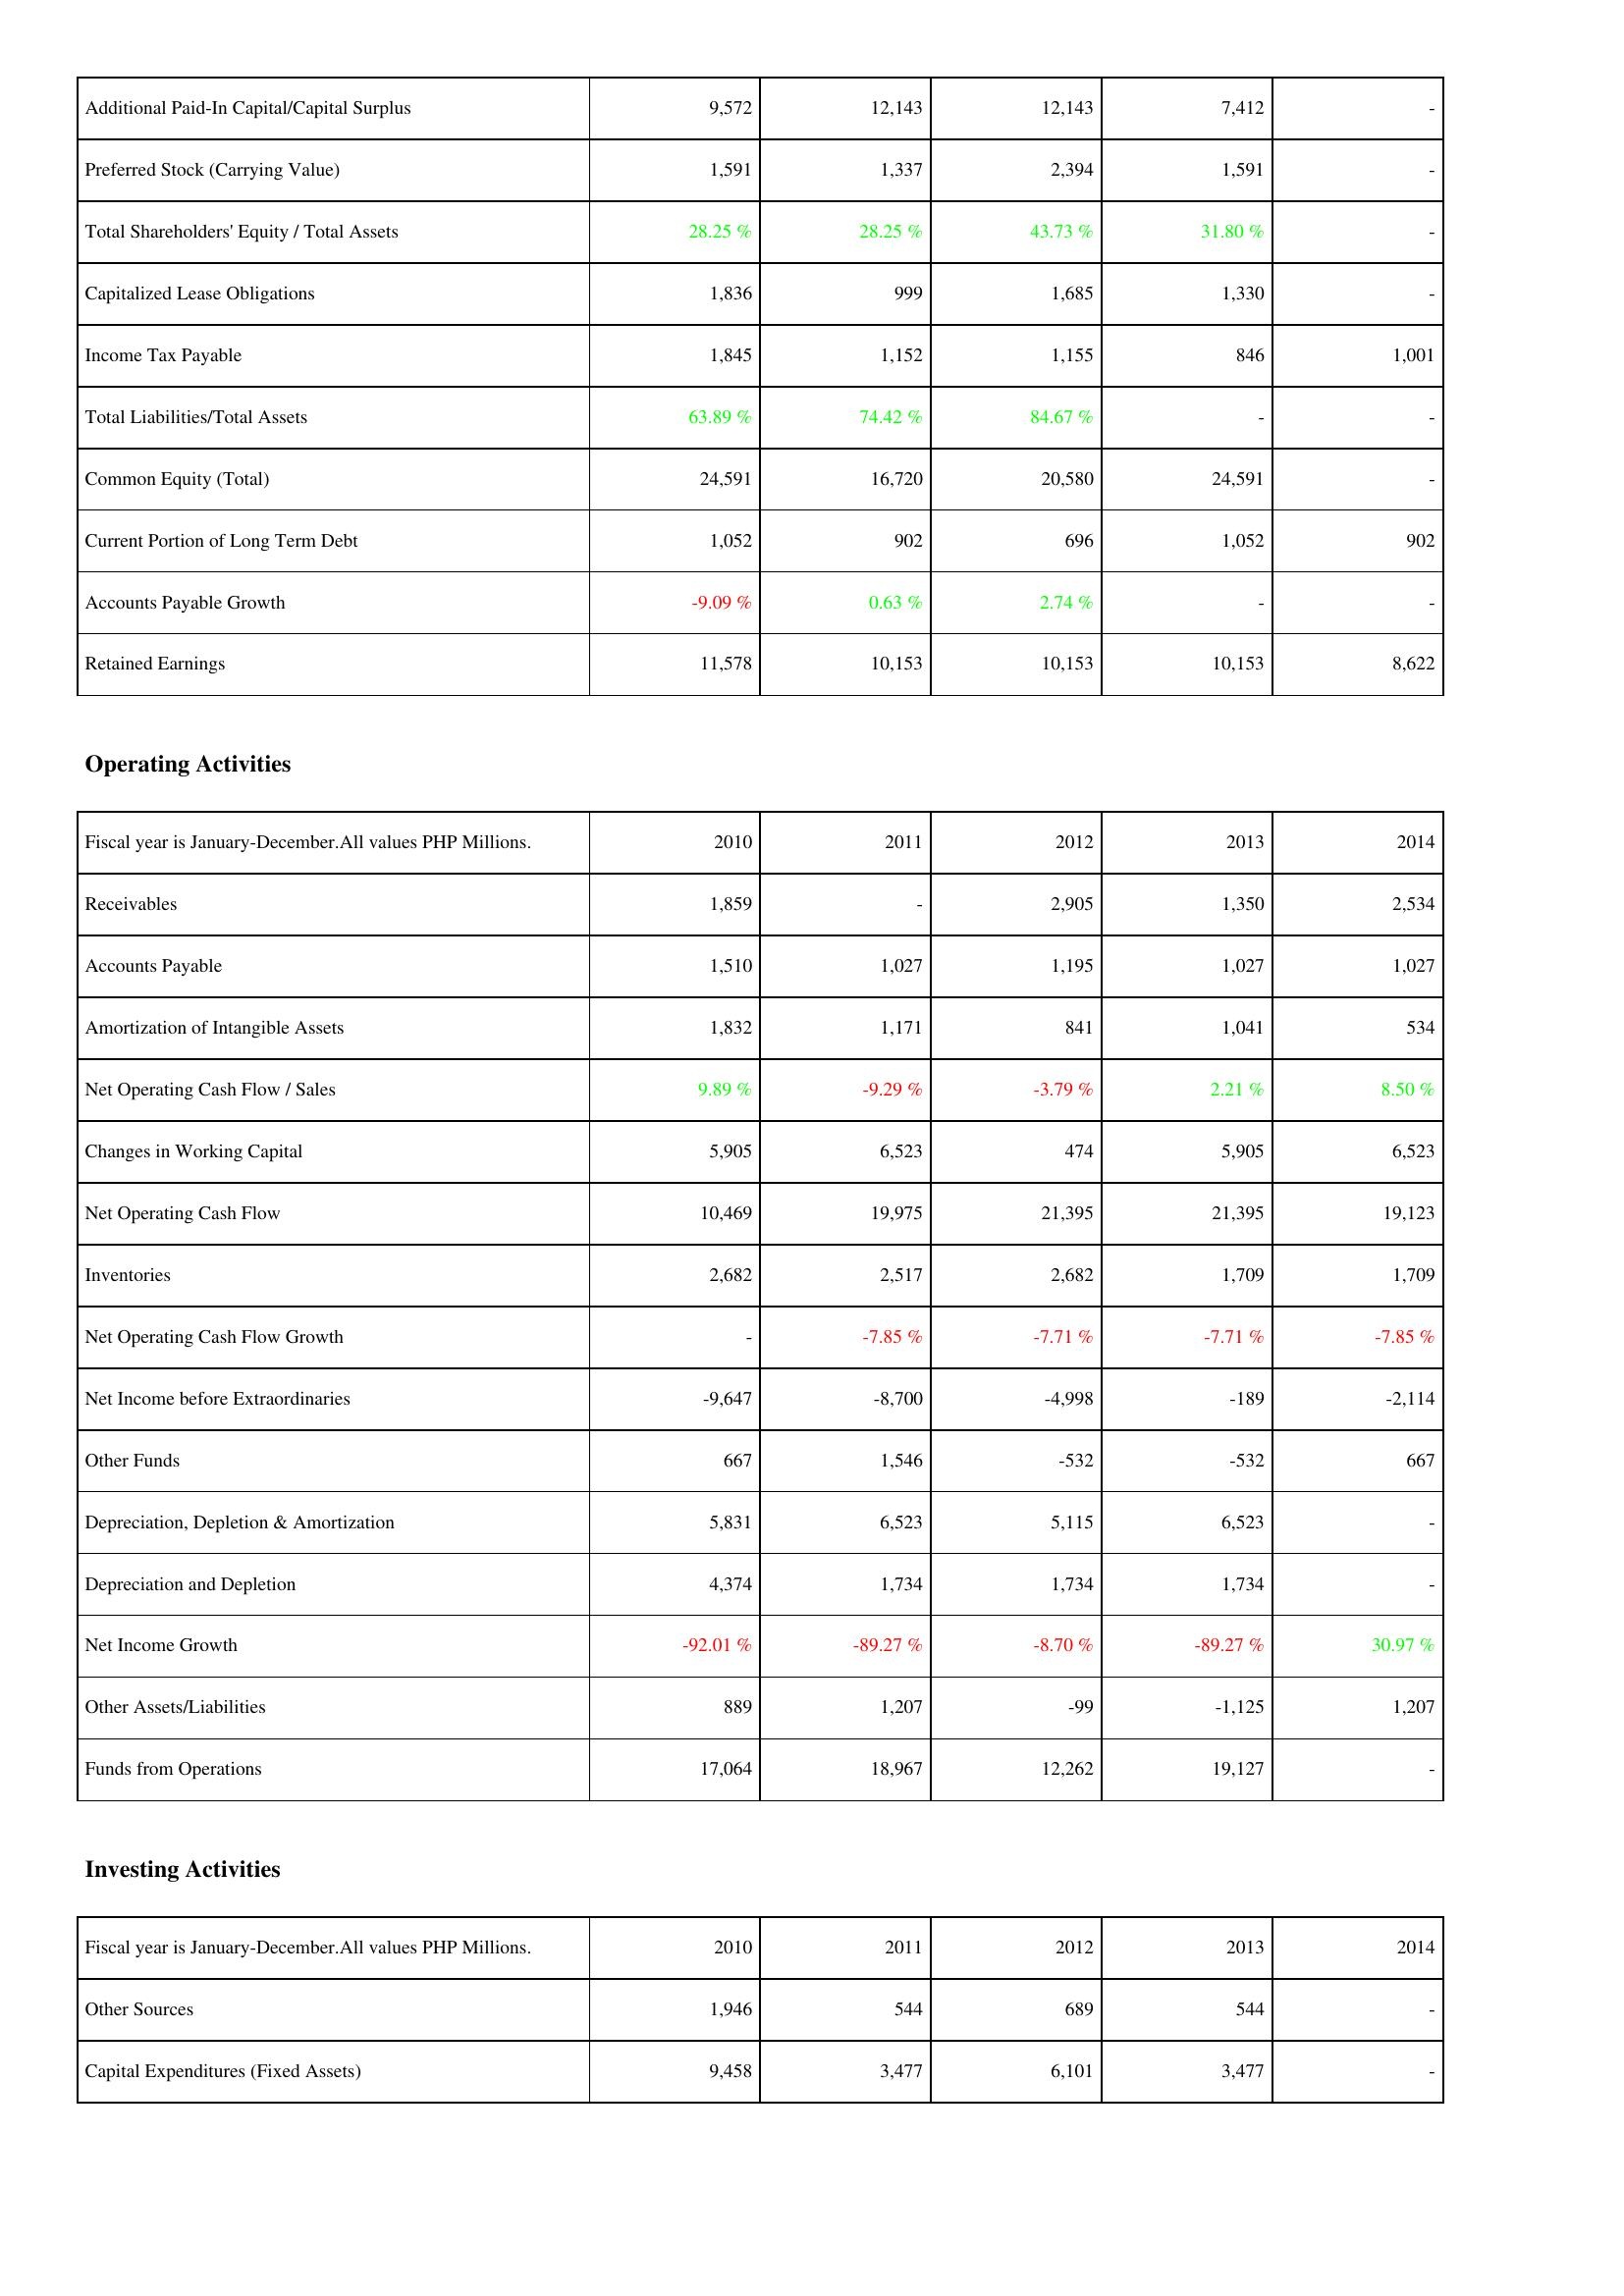
2010: Liabilities & Shareholders' Equity: Additional Paid-In Capital/Capital Surplus: 9,572
Preferred Stock (Carrying Value): 1,591
Total Shareholders' Equity / Total Assets: 28.25 %
Capitalized Lease Obligations: 1,836
Income Tax Payable: 1,845
Total Liabilities/Total Assets: 63.89 %
Common Equity (Total): 24,591
Current Portion of Long Term Debt: 1,052
Accounts Payable Growth: -9.09 %
Retained Earnings: 11,578
Operating Activities: Receivables: 1,859
Accounts Payable: 1,510
Amortization of Intangible Assets: 1,832
Net Operating Cash Flow / Sales: 9.89 %
Changes in Working Capital: 5,905
Net Operating Cash Flow: 10,469
Inventories: 2,682
Net Operating Cash Flow Growth: -
Net Income before Extraordinaries: -9,647
Other Funds: 667
Depreciation, Depletion & Amortization: 5,831
Depreciation and Depletion: 4,374
Net Income Growth: -92.01 %
Other Assets/Liabilities: 889
Funds from Operations: 17,064
Investing Activities: Other Sources: 1,946
Capital Expenditures (Fixed Assets): 9,458
2011: Liabilities & Shareholders' Equity: Additional Paid-In Capital/Capital Surplus: 12,143
Preferred Stock (Carrying Value): 1,337
Total Shareholders' Equity / Total Assets: 28.25 %
Capitalized Lease Obligations: 999
Income Tax Payable: 1,152
Total Liabilities/Total Assets: 74.42 %
Common Equity (Total): 16,720
Current Portion of Long Term Debt: 902
Accounts Payable Growth: 0.63 %
Retained Earnings: 10,153
Operating Activities: Receivables: -
Accounts Payable: 1,027
Amortization of Intangible Assets: 1,171
Net Operating Cash Flow / Sales: -9.29 %
Changes in Working Capital: 6,523
Net Operating Cash Flow: 19,975
Inventories: 2,517
Net Operating Cash Flow Growth: -7.85 %
Net Income before Extraordinaries: -8,700
Other Funds: 1,546
Depreciation, Depletion & Amortization: 6,523
Depreciation and Depletion: 1,734
Net Income Growth: -89.27 %
Other Assets/Liabilities: 1,207
Funds from Operations: 18,967
Investing Activities: Other Sources: 544
Capital Expenditures (Fixed Assets): 3,477
2012: Liabilities & Shareholders' Equity: Additional Paid-In Capital/Capital Surplus: 12,143
Preferred Stock (Carrying Value): 2,394
Total Shareholders' Equity / Total Assets: 43.73 %
Capitalized Lease Obligations: 1,685
Income Tax Payable: 1,155
Total Liabilities/Total Assets: 84.67 %
Common Equity (Total): 20,580
Current Portion of Long Term Debt: 696
Accounts Payable Growth: 2.74 %
Retained Earnings: 10,153
Operating Activities: Receivables: 2,905
Accounts Payable: 1,195
Amortization of Intangible Assets: 841
Net Operating Cash Flow / Sales: -3.79 %
Changes in Working Capital: 474
Net Operating Cash Flow: 21,395
Inventories: 2,682
Net Operating Cash Flow Growth: -7.71 %
Net Income before Extraordinaries: -4,998
Other Funds: -532
Depreciation, Depletion & Amortization: 5,115
Depreciation and Depletion: 1,734
Net Income Growth: -8.70 %
Other Assets/Liabilities: -99
Funds from Operations: 12,262
Investing Activities: Other Sources: 689
Capital Expenditures (Fixed Assets): 6,101
2013: Liabilities & Shareholders' Equity: Additional Paid-In Capital/Capital Surplus: 7,412
Preferred Stock (Carrying Value): 1,591
Total Shareholders' Equity / Total Assets: 31.80 %
Capitalized Lease Obligations: 1,330
Income Tax Payable: 846
Total Liabilities/Total Assets: -
Common Equity (Total): 24,591
Current Portion of Long Term Debt: 1,052
Accounts Payable Growth: -
Retained Earnings: 10,153
Operating Activities: Receivables: 1,350
Accounts Payable: 1,027
Amortization of Intangible Assets: 1,041
Net Operating Cash Flow / Sales: 2.21 %
Changes in Working Capital: 5,905
Net Operating Cash Flow: 21,395
Inventories: 1,709
Net Operating Cash Flow Growth: -7.71 %
Net Income before Extraordinaries: -189
Other Funds: -532
Depreciation, Depletion & Amortization: 6,523
Depreciation and Depletion: 1,734
Net Income Growth: -89.27 %
Other Assets/Liabilities: -1,125
Funds from Operations: 19,127
Investing Activities: Other Sources: 544
Capital Expenditures (Fixed Assets): 3,477
2014: Liabilities & Shareholders' Equity: Additional Paid-In Capital/Capital Surplus: -
Preferred Stock (Carrying Value): -
Total Shareholders' Equity / Total Assets: -
Capitalized Lease Obligations: -
Income Tax Payable: 1,001
Total Liabilities/Total Assets: -
Common Equity (Total): -
Current Portion of Long Term Debt: 902
Accounts Payable Growth: -
Retained Earnings: 8,622
Operating Activities: Receivables: 2,534
Accounts Payable: 1,027
Amortization of Intangible Assets: 534
Net Operating Cash Flow / Sales: 8.50 %
Changes in Working Capital: 6,523
Net Operating Cash Flow: 19,123
Inventories: 1,709
Net Operating Cash Flow Growth: -7.85 %
Net Income before Extraordinaries: -2,114
Other Funds: 667
Depreciation, Depletion & Amortization: -
Depreciation and Depletion: -
Net Income Growth: 30.97 %
Other Assets/Liabilities: 1,207
Funds from Operations: -
Investing Activities: Other Sources: -
Capital Expenditures (Fixed Assets): -